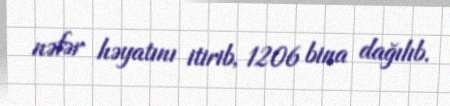
nəfər həyatını itirib, 1206 bina dağılıb.